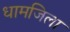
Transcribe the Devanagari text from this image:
धामजिला